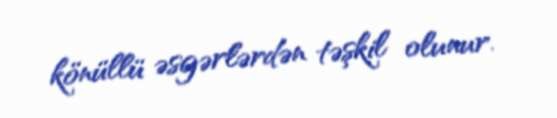
könüllü əsgərlərdən təşkil olunur.